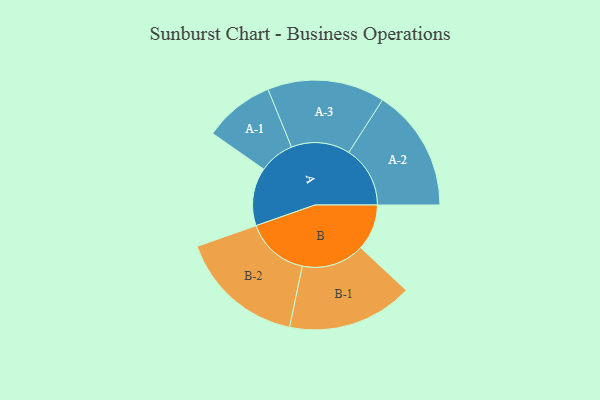
{"axis": {"x": "Segment", "y": "Value"}, "legend": ["", "A", "B"], "data": [{"x": "A", "y": 198, "type": ""}, {"x": "B", "y": 157, "type": ""}, {"x": "A-1", "y": 120, "type": "A"}, {"x": "A-2", "y": 209, "type": "A"}, {"x": "A-3", "y": 200, "type": "A"}, {"x": "B-1", "y": 214, "type": "B"}, {"x": "B-2", "y": 215, "type": "B"}]}